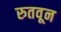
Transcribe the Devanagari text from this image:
रुतवून